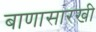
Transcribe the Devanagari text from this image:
बाणासारखी